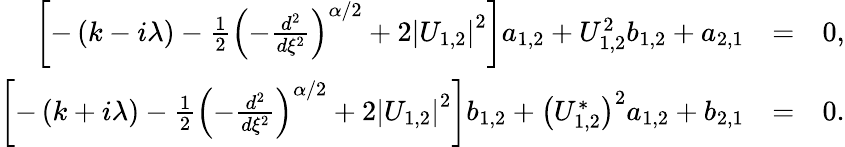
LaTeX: \begin{array}{rlr}{\left[-\left(k-i\lambda\right)-\frac{1}{2}\left(-\frac{d^{2}}{d\xi^{2}}\right)^{\alpha/2}+2\left\vert U_{1,2}\right\vert^{2}\right]a_{1,2}+U_{1,2}^{2}b_{1,2}+a_{2,1}}&{=}&{0,}\\ {\left[-\left(k+i\lambda\right)-\frac{1}{2}\left(-\frac{d^{2}}{d\xi^{2}}\right)^{\alpha/2}+2\left\vert U_{1,2}\right\vert^{2}\right]b_{1,2}+\left(U_{1,2}^{\ast}\right)^{2}a_{1,2}+b_{2,1}}&{=}&{0.}\end{array}